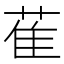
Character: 萑